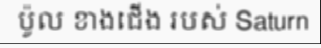
ប៉ូល ខាងជើង របស់ Saturn